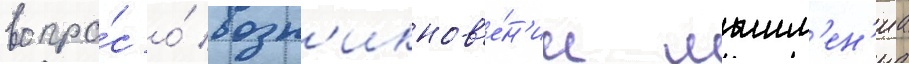
вопро́с о́ возн'икнов'е́н'ии мышл'ен'иа